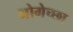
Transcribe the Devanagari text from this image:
भोगेच्छा